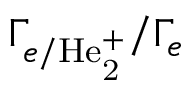
\Gamma _ { e / \mathrm { H e _ { 2 } ^ { + } } } / \Gamma _ { e }